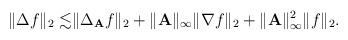
LaTeX: \begin{align*}\|\Delta f\|_2\lesssim&\|\Delta_\mathbf{A}f\|_2+\|\mathbf{A}\|_\infty\|\nabla f\|_2+\|\mathbf{A}\|_\infty^2\|f\|_2.\end{align*}